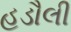
હડૌલી